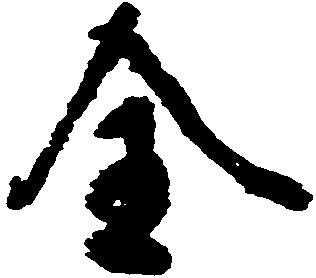
全